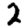
Digit: 2